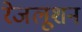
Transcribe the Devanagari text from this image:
रेजलूशन